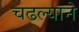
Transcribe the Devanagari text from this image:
चढल्याने